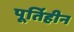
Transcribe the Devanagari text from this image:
पूर्तिहीन